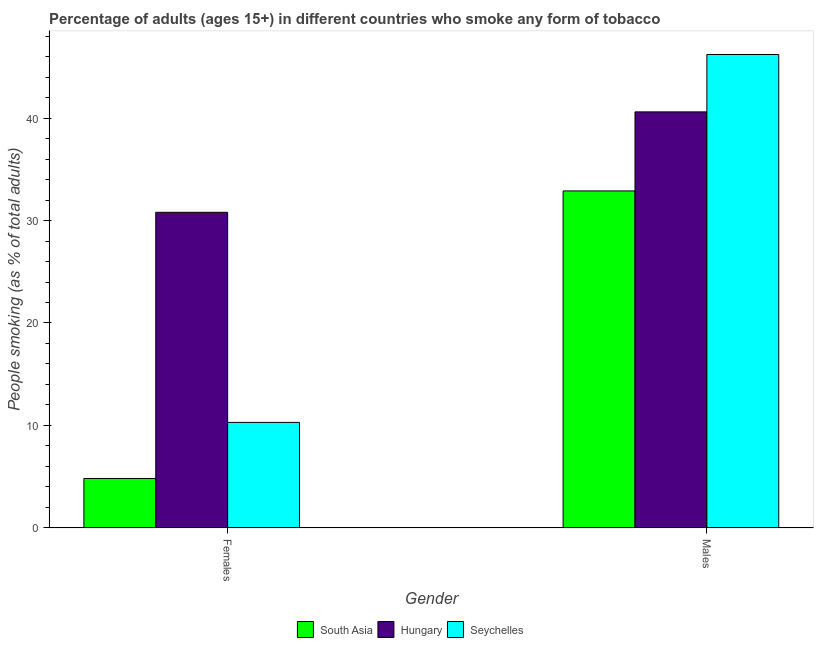
| Gender | South Asia | Hungary | Seychelles |
 | --- | --- | --- | --- |
 | Females | 4.83 | 30.8 | 10.3 |
 | Males | 32.9 | 40.6 | 46.2 |